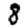
Digit: 8